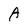
Character: A